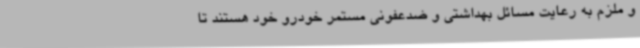
و ملزم به رعایت مسائل بهداشتی و ضدعفونی مستمر خودرو خود هستند تا